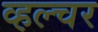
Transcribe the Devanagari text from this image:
व्हल्चर